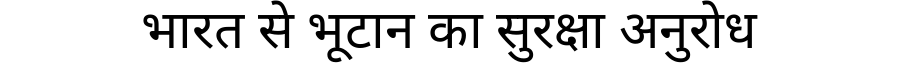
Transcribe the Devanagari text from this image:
भारत से भूटान का सुरक्षा अनुरोध